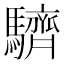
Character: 䮺